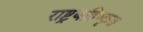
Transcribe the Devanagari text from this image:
राष्ट्रबहिष्कृत